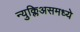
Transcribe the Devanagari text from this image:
न्युक्लिअसमध्ये